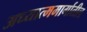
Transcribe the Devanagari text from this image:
अध्यात्ममार्गातील